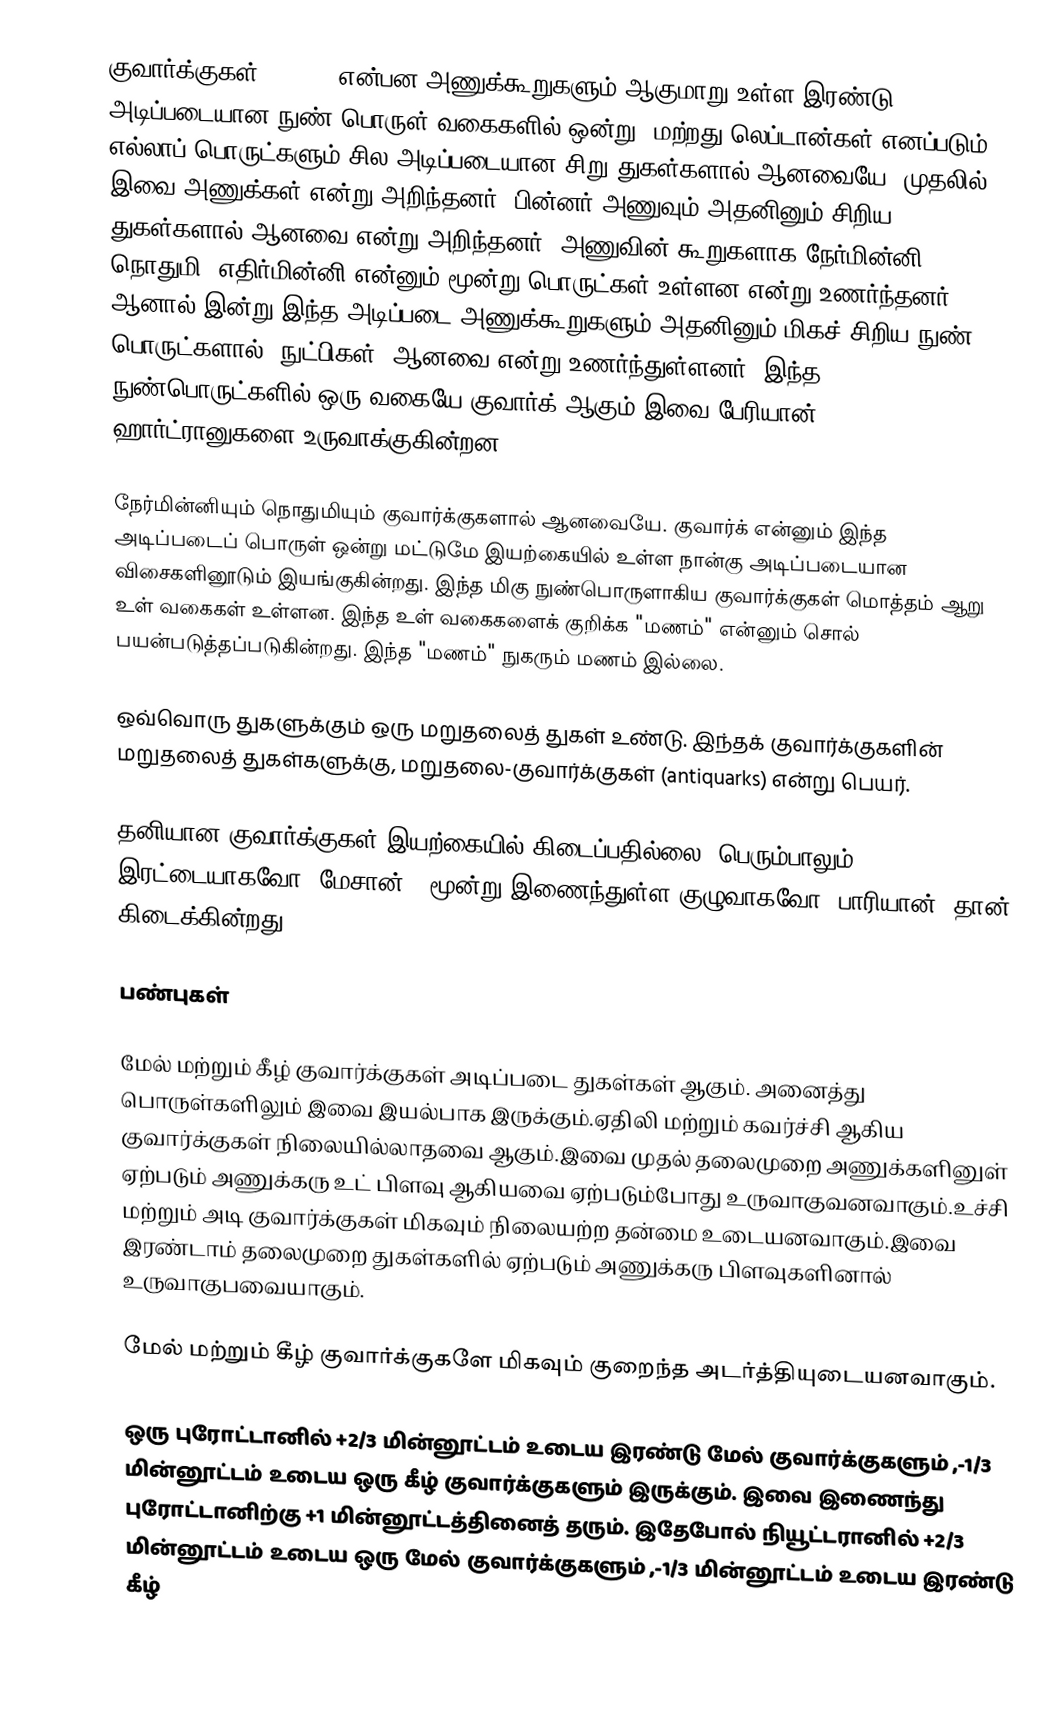
குவார்க்குகள் (Quark) என்பன அணுக்கூறுகளும் ஆகுமாறு உள்ள இரண்டு அடிப்படையான நுண் பொருள் வகைகளில் ஒன்று. மற்றது லெப்டான்கள் எனப்படும். எல்லாப் பொருட்களும் சில அடிப்படையான சிறு துகள்களால் ஆனவையே. முதலில் இவை அணுக்கள் என்று அறிந்தனர். பின்னர் அணுவும் அதனினும் சிறிய துகள்களால் ஆனவை என்று அறிந்தனர். அணுவின் கூறுகளாக நேர்மின்னி, நொதுமி, எதிர்மின்னி என்னும் மூன்று பொருட்கள் உள்ளன என்று உணர்ந்தனர். ஆனால் இன்று இந்த அடிப்படை அணுக்கூறுகளும் அதனினும் மிகச் சிறிய நுண் பொருட்களால் (நுட்பிகள்) ஆனவை என்று உணர்ந்துள்ளனர். இந்த நுண்பொருட்களில் ஒரு வகையே குவார்க் ஆகும்.இவை பேரியான், ஹார்ட்ரானுகளை உருவாக்குகின்றன.

நேர்மின்னியும் நொதுமியும் குவார்க்குகளால் ஆனவையே. குவார்க் என்னும் இந்த அடிப்படைப் பொருள் ஒன்று மட்டுமே இயற்கையில் உள்ள நான்கு அடிப்படையான விசைகளினூடும் இயங்குகின்றது. இந்த மிகு நுண்பொருளாகிய குவார்க்குகள் மொத்தம் ஆறு உள் வகைகள் உள்ளன. இந்த உள் வகைகளைக் குறிக்க "மணம்" என்னும் சொல் பயன்படுத்தப்படுகின்றது. இந்த "மணம்" நுகரும் மணம் இல்லை.

ஒவ்வொரு துகளுக்கும் ஒரு மறுதலைத் துகள் உண்டு. இந்தக் குவார்க்குகளின் மறுதலைத் துகள்களுக்கு, மறுதலை-குவார்க்குகள் (antiquarks) என்று பெயர்.

தனியான குவார்க்குகள் இயற்கையில் கிடைப்பதில்லை. பெரும்பாலும் இரட்டையாகவோ (மேசான்), மூன்று இணைந்துள்ள குழுவாகவோ (பாரியான்) தான் கிடைக்கின்றது.

பண்புகள்

மேல் மற்றும் கீழ் குவார்க்குகள் அடிப்படை துகள்கள் ஆகும். அனைத்து பொருள்களிலும் இவை இயல்பாக இருக்கும்.ஏதிலி மற்றும் கவர்ச்சி ஆகிய குவார்க்குகள் நிலையில்லாதவை ஆகும்.இவை முதல் தலைமுறை அணுக்களினுள் ஏற்படும் அணுக்கரு உட் பிளவு ஆகியவை ஏற்படும்போது உருவாகுவனவாகும்.உச்சி மற்றும் அடி குவார்க்குகள் மிகவும் நிலையற்ற தன்மை உடையனவாகும்.இவை இரண்டாம் தலைமுறை துகள்களில் ஏற்படும் அணுக்கரு பிளவுகளினால் உருவாகுபவையாகும்.

மேல் மற்றும் கீழ் குவார்க்குகளே மிகவும் குறைந்த அடர்த்தியுடையனவாகும்.

ஒரு புரோட்டானில் +2/3 மின்னூட்டம் உடைய இரண்டு மேல் குவார்க்குகளும் ,-1/3 மின்னூட்டம் உடைய  ஒரு கீழ் குவார்க்குகளும் இருக்கும். இவை இணைந்து புரோட்டானிற்கு +1 மின்னூட்டத்தினைத் தரும். இதேபோல் நியூட்டரானில் +2/3 மின்னூட்டம் உடைய ஒரு மேல் குவார்க்குகளும் ,-1/3 மின்னூட்டம் உடைய  இரண்டு கீழ்